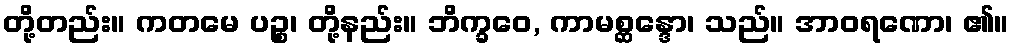
တို့တည်း။ ကတမေ ပဉ္စ၊ တို့နည်း။ ဘိက္ခဝေ, ကာမစ္ဆန္ဒော၊ သည်။ အာဝရဏော၊ ၏။